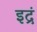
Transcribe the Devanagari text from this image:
इद्रं